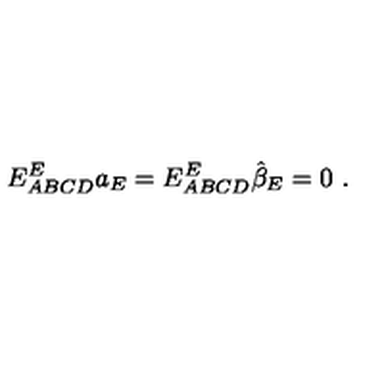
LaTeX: E _ { A B C D } ^ { E } a _ { E } = E _ { A B C D } ^ { E } \hat { \beta } _ { E } = 0 \ .